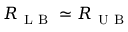
R _ { \mathrm { ~ L ~ B ~ } } \simeq R _ { \mathrm { ~ U ~ B ~ } }